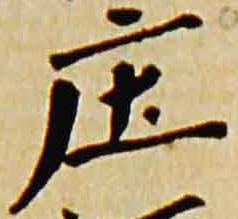
庄